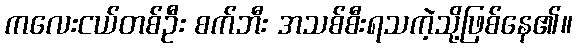
ကလေးငယ်တစ်ဦး စက်ဘီး အသစ်စီးရသကဲ့သို့ဖြစ်နေ၏။